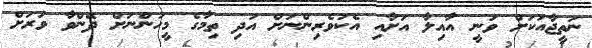
ނަތީޖާއަކަށް ވަނީ އާއިލާ އަށާއި އެކުވެރިންނަށް އަދި ތިމާގެ މީހުންނަށް ދޭންވާ ވަރަށް